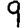
Digit: 9